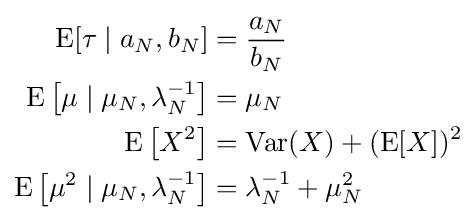
{\begin{aligned}\operatorname {E} [\tau \mid a_{N},b_{N}]&={\frac {a_{N}}{b_{N}}}\\\operatorname {E} \left[\mu \mid \mu _{N},\lambda _{N}^{-1}\right]&=\mu _{N}\\\operatorname {E} \left[X^{2}\right]&=\operatorname {Var} (X)+(\operatorname {E} [X])^{2}\\\operatorname {E} \left[\mu ^{2}\mid \mu _{N},\lambda _{N}^{-1}\right]&=\lambda _{N}^{-1}+\mu _{N}^{2}\end{aligned}}